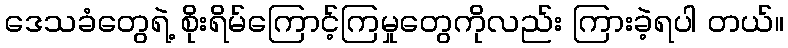
ဒေသခံတွေရဲ့ စိုးရိမ်ကြောင့်ကြမှုတွေကိုလည်း ကြားခဲ့ရပါ တယ်။